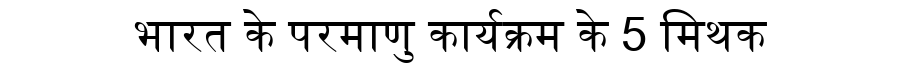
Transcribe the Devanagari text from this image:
भारत के परमाणु कार्यक्रम के 5 मिथक